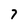
Character: 7